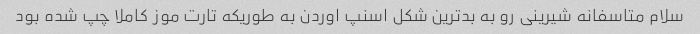
سلام متاسفانه شیرینی رو به بدترین شکل اسنپ اوردن به طوریکه تارت موز کاملا چپ شده بود